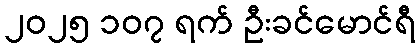
၂၀၂၅ ၁၀၇ ရက် ဦးခင်မောင်ရီ